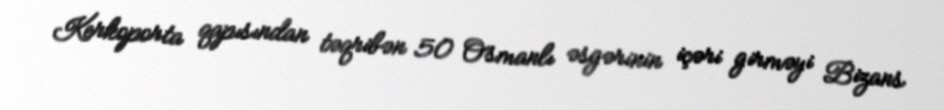
Kerkoporta qapısından təqribən 50 Osmanlı əsgərinin içəri girməyi Bizans